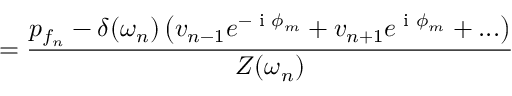
= \frac { p _ { f _ { n } } - \delta ( \omega _ { n } ) \left( v _ { n - 1 } e ^ { - \textrm { i } \phi _ { m } } + v _ { n + 1 } e ^ { \textrm { i } \phi _ { m } } + . . . \right) } { Z ( \omega _ { n } ) }